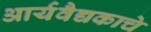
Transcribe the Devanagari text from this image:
आर्यवैद्यकाचे